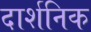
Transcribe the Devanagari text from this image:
दार्शनिक